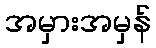
အမှားအမှန်